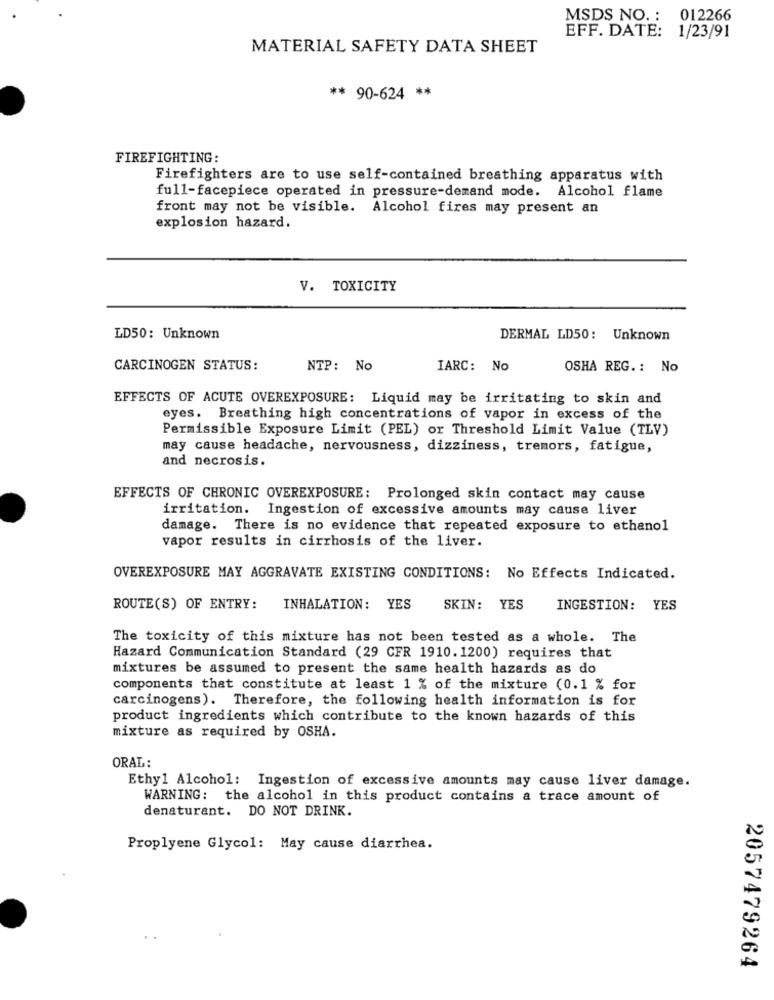
MSDS NO. : 012266
EFF. DATE: 1/23/91
MATERIAL SAFETY DATA SHEET
** 90-624 **
FIREFIGHTING:
Firefighters are to use self-contained breathing apparatus with
full-facepiece operated in pressure-demand mode. Alcohol flame
front may not be visible. Alcohol fires may present an
explosion hazard.
V. TOXICITY
LD50: Unknown
DERMAL LD50: Unknown
CARCINOGEN STATUS:
NTP: No
IARC: No
OSHA REG. : No
EFFECTS OF ACUTE OVEREXPOSURE: Liquid may be irritating to skin and
eyes. Breathing high concentrations of vapor in excess of the
Permissible Exposure Limit (PEL) or Threshold Limit Value (TLV)
may cause headache, nervousness, dizziness, tremors, fatigue,
and necrosis.
EFFECTS OF CHRONIC OVEREXPOSURE: Prolonged skin contact may cause
irritation. Ingestion of excessive amounts may cause liver
damage. There is no evidence that repeated exposure to ethanol
vapor results in cirrhosis of the liver.
OVEREXPOSURE MAY AGGRAVATE EXISTING CONDITIONS: No Effects Indicated.
ROUTE(S) OF ENTRY: INHALATION: YES
SKIN: YES
INGESTION: YES
The toxicity of this mixture has not been tested as a whole. The
Hazard Communication Standard (29 CFR 1910. 1200) requires that
mixtures be assumed to present the same health hazards as do
components that constitute at least 1 % of the mixture (0.1 % for
carcinogens). Therefore, the following health information is for
product ingredients which contribute to the known hazards of this
mixture as required by OSHA.
ORAL:
Ethyl Alcohol: Ingestion of excessive amounts may cause liver damage.
WARNING: the alcohol in this product contains a trace amount of
denaturant. DO NOT DRINK.
Proplyene Glycol: May cause diarrhea.
2057479264